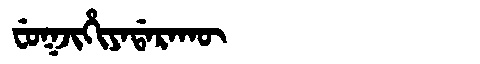
Manchu: ᠸᡠᡴᠵᡳᡥᡳᠶᠠᡩᠠᡵᠠᡴᡡ
Romanization: FUKJIHIYADARAKŪ